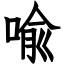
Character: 喩